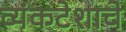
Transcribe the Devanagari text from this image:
व्यंकटेशाचे